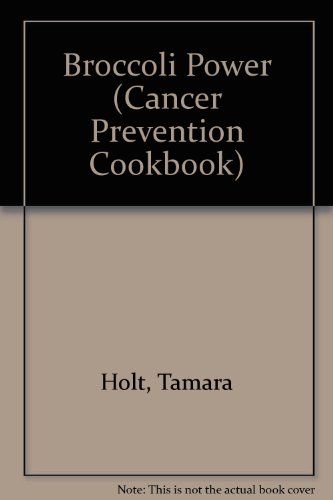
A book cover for Power Cooking: Recipes with the power of protection; Tamara Holt; Health, Fitness & Dieting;